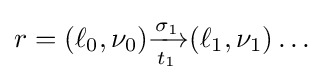
r=(\ell _{0},\nu _{0}){\xrightarrow[{t_{1}}]{\sigma _{1}}}(\ell _{1},\nu _{1})\dots